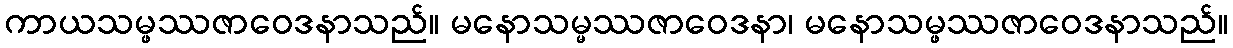
ကာယသမ္ဖဿဇာဝေဒနာသည်။ မနောသမ္မဿဇာဝေဒနာ၊ မနောသမ္ဖဿဇာဝေဒနာသည်။